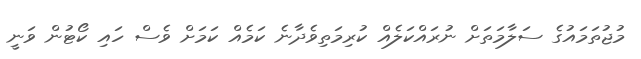
މުޖުތަމައުގެ ސަލާމަތަށް ނުރައްކަލެއް ކުރިމަތިވެދާނެ ކަމެއް ކަމަށް ވެސް ހައި ކޯޓުން ވަނީ